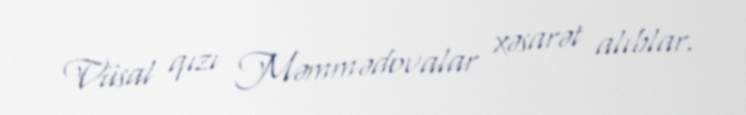
Vüsal qızı Məmmədovalar xəsarət alıblar.